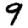
Digit: 9